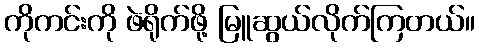
ကိုကင်းကို ဖဲရိုက်ဖို့ မြူဆွယ်လိုက်ကြတယ်။